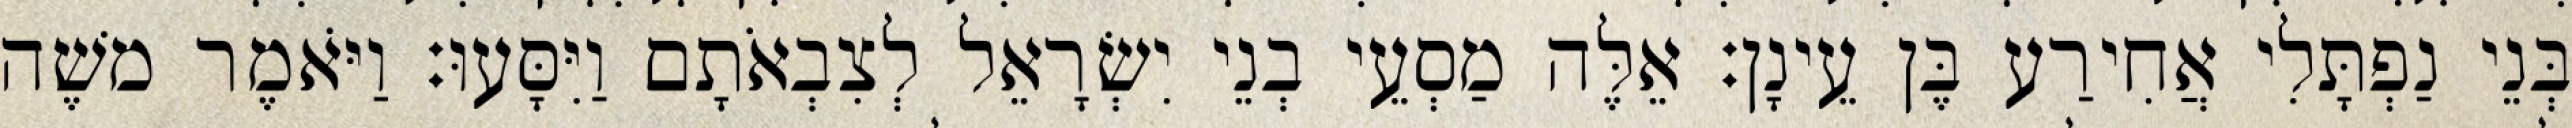
בְּנֵי נַפְתָּלִי אֲחִירַע בֶּן עֵינָן׃ אֵלֶּה מַסְעֵי בְנֵי יִשְׂרָאֵל לְצִבְאֹתָם וַיִּסָּעוּ׃ וַיֹּאמֶר משֶׁה